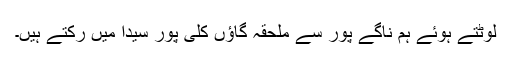
لوٹتے ہوئے ہم ناگے پور سے ملحقہ گاؤں کلّی پور سیدا میں رکتے ہیں۔